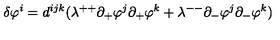
\delta \varphi ^ { i } = d ^ { i j k } ( \lambda ^ { + + } \partial _ { + } \varphi ^ { j } \partial _ { + } \varphi ^ { k } + \lambda ^ { -- } \partial _ { - } \varphi ^ { j } \partial _ { - } \varphi ^ { k } )